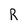
Character: R